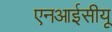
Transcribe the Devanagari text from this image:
एनआईसीयू